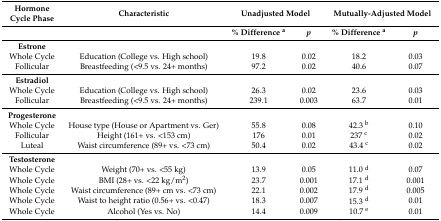
| Hormone Cycle Phase | Characteristic | <COLSPAN=2> Unadjusted Model | <COLSPAN=2> Mutually-Adjusted Model |
 |  |  | % Difference a | p | % Difference a | p |
 | --- | --- | --- | --- | --- | --- |
 | Estrone |  |  |  |  |  |
 | Whole Cycle | Education (College vs. High school) | 19.8 | 0.02 | 18.2 | 0.03 |
 | Follicular | Breastfeeding (<9.5 vs. 24+ months) | 97.2 | 0.02 | 40.6 | 0.07 |
 | Estradiol |  |  |  |  |  |
 | Whole Cycle | Education (College vs. High school) | 26.3 | 0.02 | 23.6 | 0.03 |
 | Follicular | Breastfeeding (<9.5 vs. 24+ months) | 239.1 | 0.003 | 63.7 | 0.01 |
 | Progesterone |  |  |  |  |  |
 | Whole Cycle | House type (House or Apartment vs. Ger) | 55.8 | 0.08 | 42.3 b | 0.10 |
 | Follicular | Height (161+ vs. <153 cm) | 176 | 0.01 | 237 c | 0.02 |
 | Luteal | Waist circumference (89+ vs. <73 cm) | 50.4 | 0.02 | 43.4 c | 0.02 |
 | Testosterone |  |  |  |  |  |
 | Whole Cycle | Weight (70+ vs. <55 kg) | 13.9 | 0.05 | 11.0 d | 0.07 |
 | Whole Cycle | BMI (28+ vs. <22 kg/m2) | 23.7 | 0.001 | 17.1 d | 0.001 |
 | Whole Cycle | Waist circumference (89+ cm vs. <73 cm) | 22.1 | 0.002 | 17.9 d | 0.005 |
 | Whole Cycle | Waist to height ratio (0.56+ vs. <0.47) | 18.3 | 0.007 | 15.3 d | 0.01 |
 | Whole Cycle | Alcohol (Yes vs. No) | 14.4 | 0.009 | 10.7 e | 0.01 |